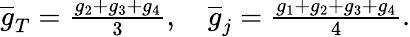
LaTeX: \begin{array}{r}{\overline{{g}}_{T}=\frac{g_{2}+g_{3}+g_{4}}{3},\quad\overline{{g}}_{j}=\frac{g_{1}+g_{2}+g_{3}+g_{4}}{4}.}\end{array}